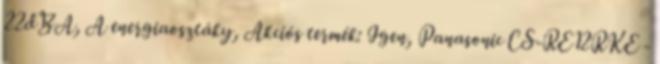
22dBA, A energiaosztáky, Akciós termék: Igen, Panasonic CS‐RE12RKE -